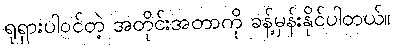
ရုရှားပါဝင်တဲ့ အတိုင်းအတာကို ခန့်မှန်းနိုင်ပါတယ်။